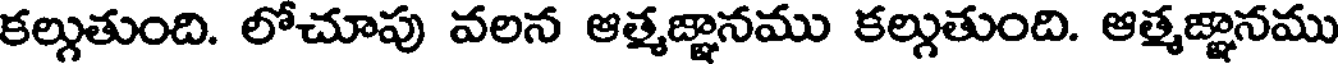
కల్గుతుంది. లోచూపు వలన ఆత్మజ్ఞానము కల్గుతుంది. ఆత్మజ్ఞానము